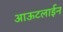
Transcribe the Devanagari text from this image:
आऊटलाईन